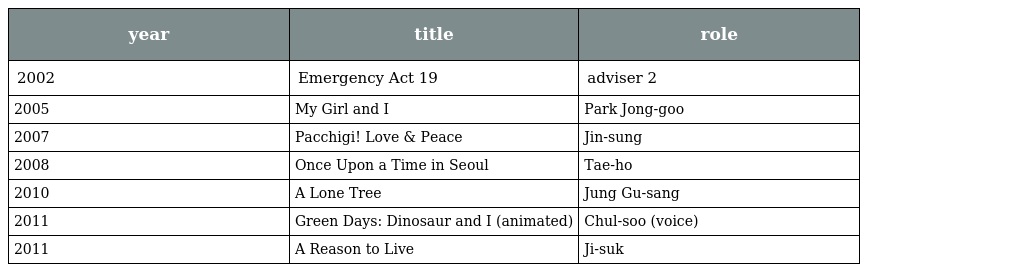
| year | title | role |
 | --- | --- | --- |
 | 2002 | Emergency Act 19 | adviser 2 |
 | 2005 | My Girl and I | Park Jong-goo |
 | 2007 | Pacchigi! Love & Peace | Jin-sung |
 | 2008 | Once Upon a Time in Seoul | Tae-ho |
 | 2010 | A Lone Tree | Jung Gu-sang |
 | 2011 | Green Days: Dinosaur and I (animated) | Chul-soo (voice) |
 | 2011 | A Reason to Live | Ji-suk |